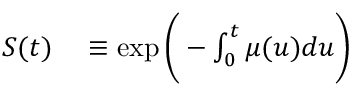
\begin{array} { r l } { S ( t ) } & { { } \equiv \exp { \bigg ( - \int _ { 0 } ^ { t } \mu ( u ) d u \bigg ) } } \end{array}